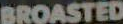
BROASTED